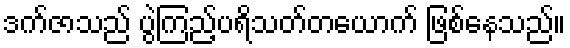
ဒက်ဇာသည် ပွဲကြည့်ပရိသတ်တယောက် ဖြစ်နေသည်။